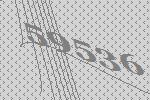
59536